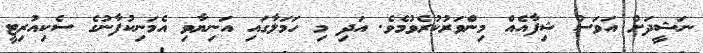
ނަޝީދަށް އަވަސް ޝިފާއެއް މިންވަރުކުރެވުމެވެ. އަދި މި ހަމަލާގައި އަނިޔާވި އެމަނިކުފާނުގެ ސެކިއުރިޓީ